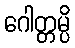
ဂေါတ္တမ္ပိ